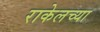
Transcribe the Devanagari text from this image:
राकेलच्या